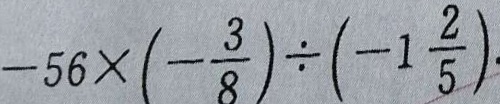
- 5 6 \times ( - \frac { 3 } { 8 } ) \div ( - 1 \frac { 2 } { 5 } )